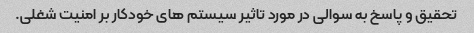
تحقیق و پاسخ به سوالی در مورد تاثیر سیستم های خودکار بر امنیت شغلی.